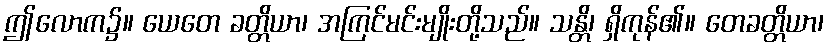
ဤလောက၌။ ယေတေ ခတ္တိယာ၊ အကြင်မင်းမျိုးတို့သည်။ သန္တိ၊ ရှိကုန်၏။ တေခတ္တိယာ၊